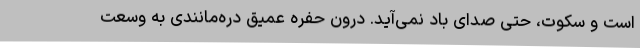
است و سکوت، حتی صدای باد نمی‌آید. درون حفره عمیق دره‌مانندی به وسعت